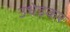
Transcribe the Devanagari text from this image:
उधेड़कर